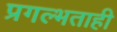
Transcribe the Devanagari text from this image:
प्रगल्भताही